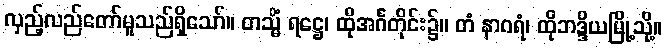
လှည့်လည်တော်မူသည်ရှိသော်။ တသ္မိံ ရဋ္ဌေ၊ ထိုအင်္ဂတိုင်း၌။ တံ နာဂရံ၊ ထိုဘဒ္ဒိယမြို့သို့။